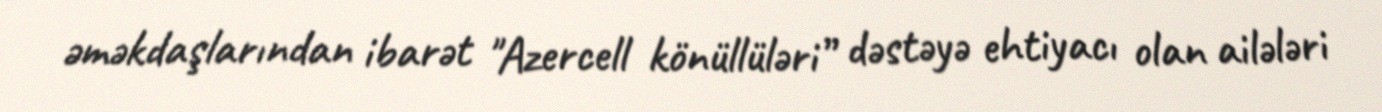
əməkdaşlarından ibarət "Azercell könüllüləri” dəstəyə ehtiyacı olan ailələri